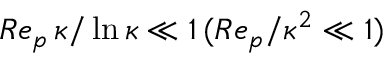
R e _ { p } \, \kappa / \ln \kappa \ll 1 \, ( R e _ { p } / \kappa ^ { 2 } \ll 1 )